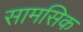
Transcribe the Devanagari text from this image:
सामसिक